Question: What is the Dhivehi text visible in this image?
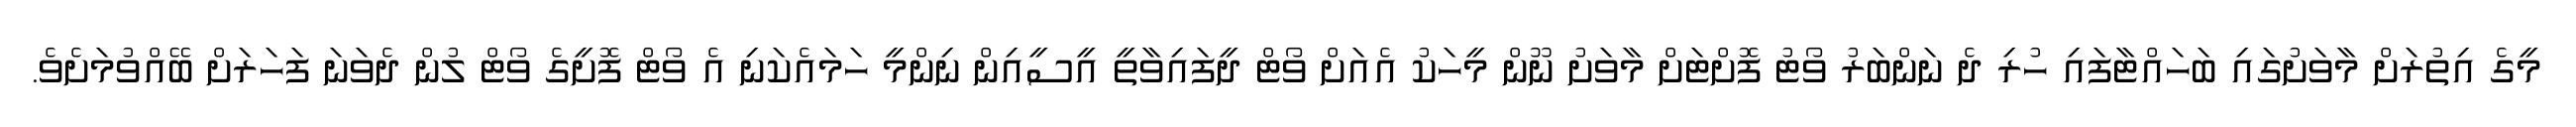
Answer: މީގެ އިތުރަށް މާވަށުގައި ބަހައްޓާފައި ހުރި ދެ ނަންބަރު ވޯޓު ފޮށްޓަށް މާވަށު ނޫން މީހަކު އެއަށް ވޯޓް ދީފައިވާތީ އީސީއިން ނިންމީ ހަމައެކަނި އެ ވޯޓް ފޮށީގެ ވޯޓް ލުން ދެވަނަ ފަހަރަށް ބޭއްވުމަށެވެ.